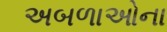
અબળાઓના